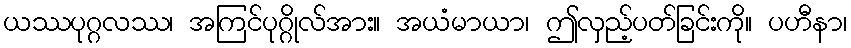
ယဿပုဂ္ဂလဿ၊ အကြင်ပုဂ္ဂိုလ်အား။ အယံမာယာ၊ ဤလှည့်ပတ်ခြင်းကို။ ပဟီနာ၊